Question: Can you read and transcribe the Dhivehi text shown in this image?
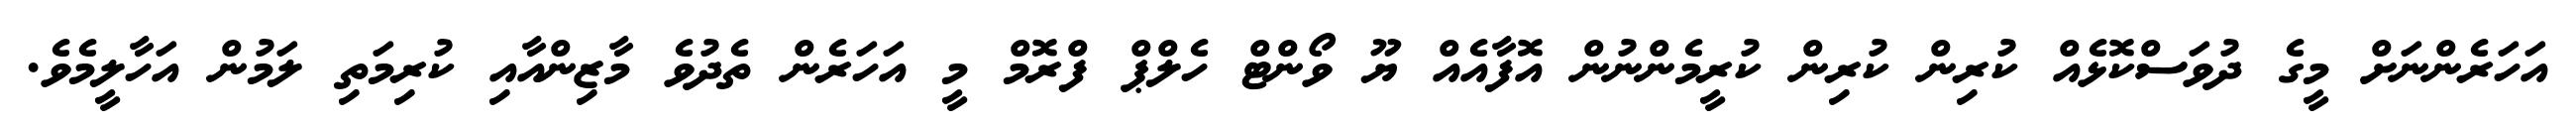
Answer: އަހަރެންނަށް މީގެ ދުވަސްކޮޅެއް ކުރިން ކުރިން ކުރީމެންނުން އޮފާއެއް ޔޫ ވޯންޓް ހެލްޕް ފްރޮމް މީ އަހަރެން ތެދުވެ މާޒިންއާއި ކުރިމަތި ލަމުން އަހާލީމެވެ.